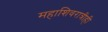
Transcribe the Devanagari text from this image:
महाशिवरात्रीही